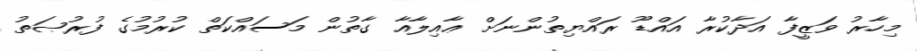
މިހާރު ވަޒީފާ އަދާކުރާ އައްޑޫ ރައްޔިތުންނަށް ޢާއިލާއާ ގާތުން މަސައްކަތް ކުރުމުގެ ފުރުޞަތު